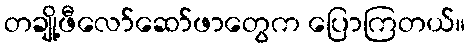
တချို့ဖီလော်ဆော်ဖာတွေက ပြောကြတယ်။